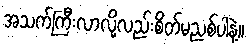
အသက်ကြီးလာလို့လည်းစိတ်မညစ်ပါနဲ့။